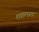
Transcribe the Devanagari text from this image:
शक्रमाता